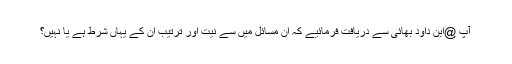
آپ @ابن داود بھائی سے دریافت فرمائیے کہ ان مسائل میں سے نیت اور ترتیب ان کے یہاں شرط ہے یا نہیں؟